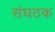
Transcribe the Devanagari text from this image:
संघठक